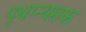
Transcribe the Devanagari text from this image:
पृथग्न्यसक